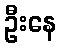
ဦးနေ